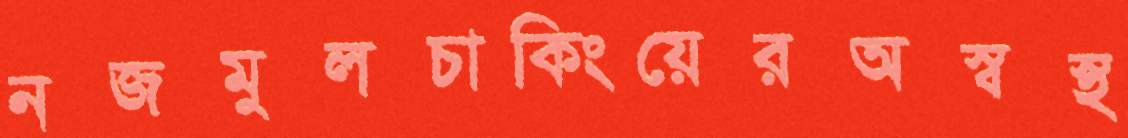
নজমুলচাকিংয়েরঅস্বস্থ